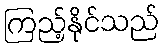
ကြည့်နိုင်သည်